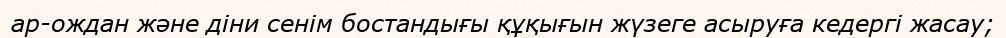
ар-ождан және діни сенім бостандығы құқығын жүзеге асыруға кедергі жасау;